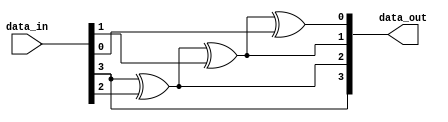
///////////////////////////////////////////////////////////////////////////
// Company: VB Tech
//
// Design Name: Gray code to Binary Converter
// Module Name: gray_to_bin.v
// Project Name: BIST Ethernet Packet
// Target Device: KU5P
// Tool Versions:2019.2
// Description: Gray code to Binary Converter
//
// Dependencies:
//
// Revision:
// Revision 0.01 - File Created
// Additional Comments:
//
/////////////////////////////////////////////////////////////////////////

module gray_to_bin #(parameter  DATA_WIDTH = 4) (
	input  [DATA_WIDTH-1:0] data_in ,
	output [DATA_WIDTH-1:0] data_out
);

/////////////////////////////////////////////////////////////////////////
function [DATA_WIDTH-1:0] gray2binary;
	integer i;
	input [DATA_WIDTH-1:0] value_in;
	begin
		gray2binary[DATA_WIDTH-1] = value_in[DATA_WIDTH-1];
		for (i = DATA_WIDTH-1; i > 0; i = i - 1)
			gray2binary[i - 1] = gray2binary[i] ^ value_in[i - 1];
	end
endfunction

	assign data_out = gray2binary(data_in);
endmodule